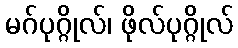
မဂ်ပုဂ္ဂိုလ်၊ ဖိုလ်ပုဂ္ဂိုလ်